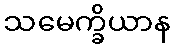
သမေက္ခိယာန